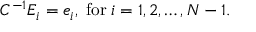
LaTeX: C ^ { - 1 } E _ { i } = e _ { i } , \; \mathrm { f o r } \; i = 1 , 2 , \ldots , N - 1 .